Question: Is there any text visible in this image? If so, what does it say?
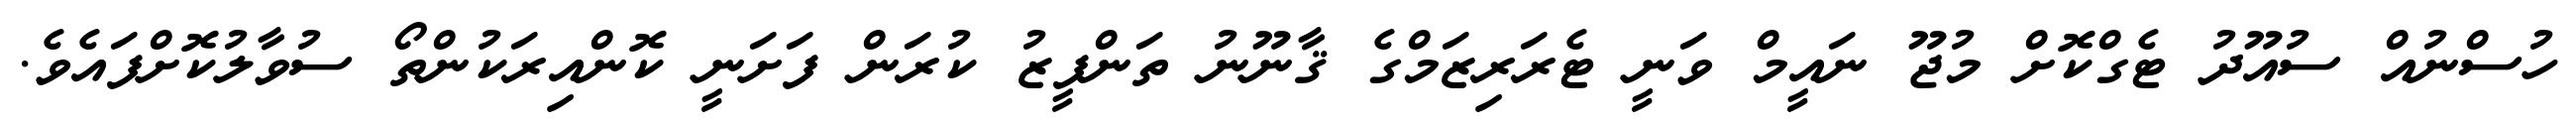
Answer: ހުސްނުއް ސުއޫދު ޓެގްކޮށް މުޖޫ ނައީމް ވަނީ ޓެރަރިޒަމްގެ ޤާނޫނު ތަންފީޒު ކުރަން ފަށަނީ ކޮންއިރަކުންތޯ ސުވާލުކޮށްފައެވެ.